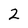
Character: 2